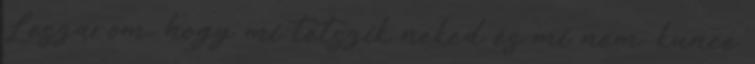
Leszarom, hogy mi tetszik neked és mi nem. kunce